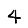
Digit: 4